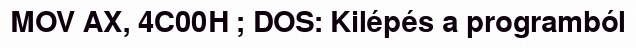
MOV AX, 4C00H ; DOS: Kilépés a programból